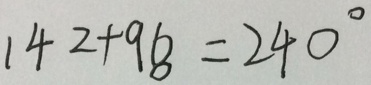
1 4 2 + 9 8 = 2 4 0 ^ { \circ }